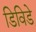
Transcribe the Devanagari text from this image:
डिविडे